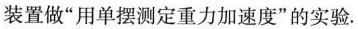
装置做“用单摆测定重力加速度”的实验。